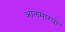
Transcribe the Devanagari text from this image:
आलमारयों